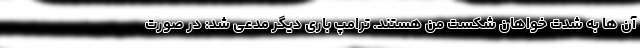
آن ها به شدت خواهان شکست من هستند. ترامپ باری دیگر مدعی شد: در صورت